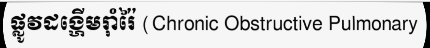
ផ្លូវដង្ហើមរ៉ាំរ៉ៃ (Chronic Obstructive Pulmonary